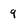
Character: 9